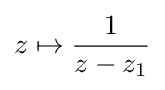
z\mapsto {\frac {1}{z-z_{1}}}